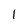
Character: 1